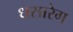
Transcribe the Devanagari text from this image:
धसारेग